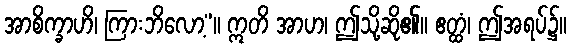
အာစိက္ခာဟိ၊ ကြားဘိလော့”။ ဣတိ အာဟ၊ ဤသို့ဆို၏။ ဧတ္ထံ၊ ဤအရပ်၌။